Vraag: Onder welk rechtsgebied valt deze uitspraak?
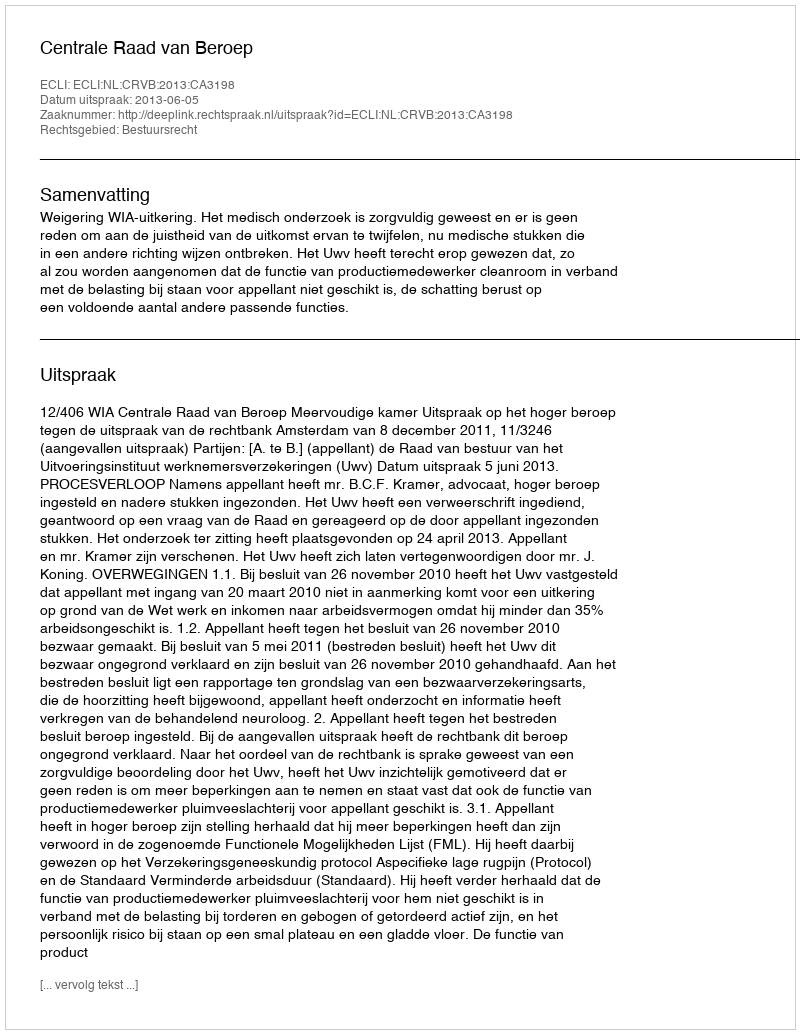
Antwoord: Bestuursrecht